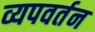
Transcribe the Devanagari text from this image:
व्यपवर्तन